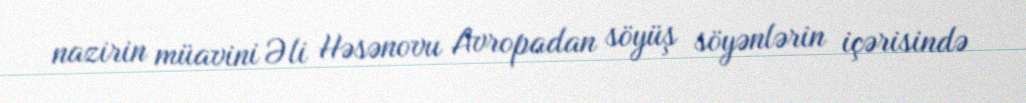
nazirin müavini Əli Həsənovu Avropadan söyüş söyənlərin içərisində